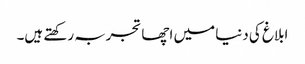
ابلاغ کی دنیا میں اچھا تجربہ رکھتے ہیں۔